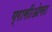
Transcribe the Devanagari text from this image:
ग्रासीओसा